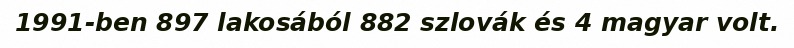
1991-ben 897 lakosából 882 szlovák és 4 magyar volt.